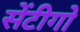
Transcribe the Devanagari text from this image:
सेंटीगो